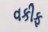
વકીફ